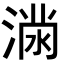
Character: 𭱪